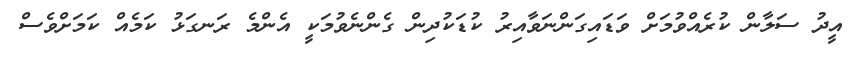
އީދު ސަލާން ކުރެއްވުމަށް ވަޑައިގަންނަވާއިރު ކުޑަކުދިން ގެންނެވުމަކީ އެންމެ ރަނގަޅު ކަމެއް ކަމަށްވެސް